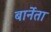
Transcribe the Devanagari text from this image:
बार्नेता